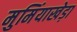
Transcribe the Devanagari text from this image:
मुमिंयाखेड़ा